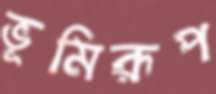
ভূমিরূপ